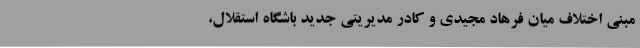
مبنی اختلاف میان فرهاد مجیدی و کادر مدیریتی جدید باشگاه استقلال،